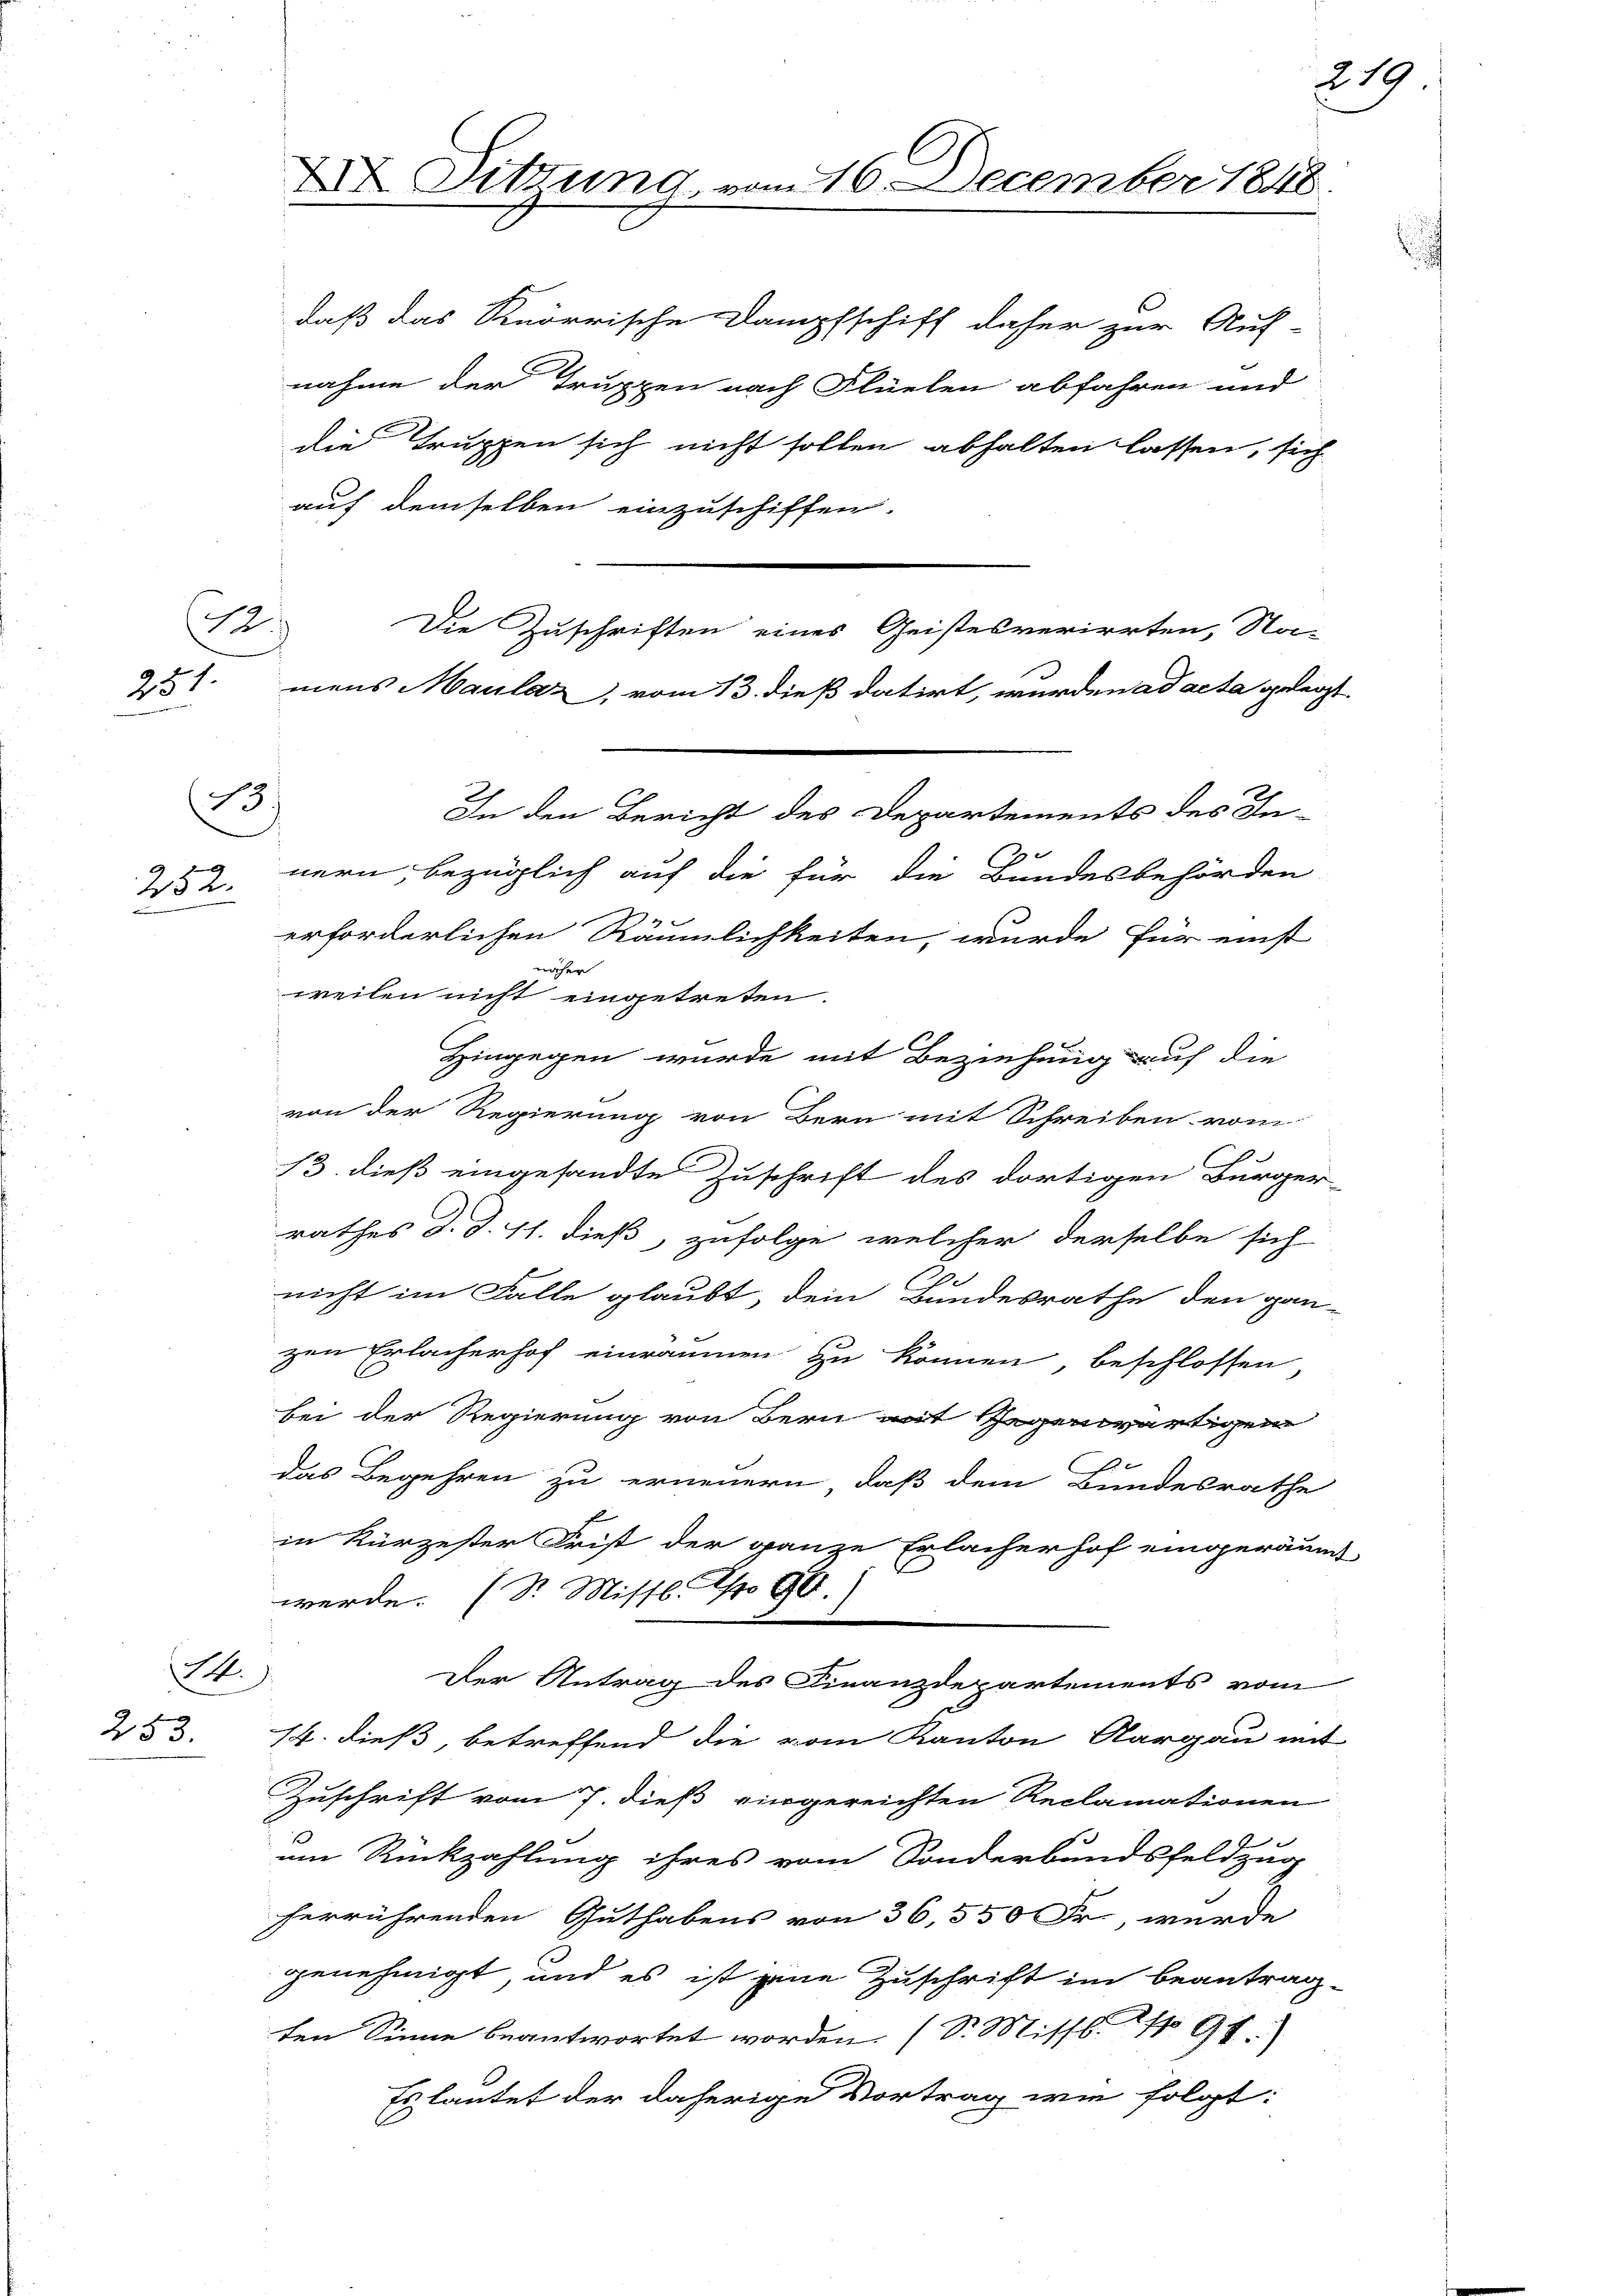
22.
251.

13
252.

M.
253.

XXV Sitzung, vom 16. December 1848.

Die Zuschriften eines Geistesverirrten, Na-
mens Maulaz, vom 13. dieß datirt, wurden ad acta gelegt
In den Bericht des Departements des In-

daß das Knorrische Dampfschiff daher zur Auf-
nahme der Truppen nach Flüelen abfahren und
die Truppen sich nicht sollen abhalten lassen, sich
auf demselben einzuschiffen.
nern, bezüglich auf die für die Bundesbehörden
9
erforderlichen Räumlichkeiten, wurde für einst
w
e
weilen nicht eingetreten.
Hingegen wurde mit Beziehung auf die
von der Regierung von Bern mit Schreiben vom
E
13. dieß eingesandte Zuschrift des dortigen Bürger-
rathes d. d. 11. dieß, zufolge, welcher derselbe sich
nicht im Falle glaubt, dem Bundesrathe den gan-
zen Erlacherhof einräumen zu können, beschlossen,
bei der Regierung von Bern mit Gegenwärtigen
das Begehren zu erneuern, daß dem Bundesrathe
in Kürzester Frist der ganze Erlacherhof eingeräumt
werde. (S. Missl No 90.
Der Antrag des Finanzdepartements vom
14. dieß, betreffend die vom Kanton Aargau mit
Zuschrift vom 7. dieß eingereichten Reclamationen
um Rückzahlung ihres vom Sonderbundsfeldzug
herrührenden Guthabens von 36,550 Fr. wurde
genehmigt, und es ist eine Zuschrift im beantragten Sinne beantwortet worden (S. Missl. No 91.
Es lautet der daherige Vortrag wie folgt:

219.